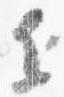
近